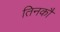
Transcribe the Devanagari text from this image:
तिनकौ